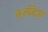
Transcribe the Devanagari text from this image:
वर्ज्यदेश